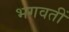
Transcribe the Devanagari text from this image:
भगवतीं